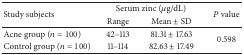
| <ROWSPAN=2> Study subjects | <COLSPAN=2> Serum zinc (μg/dL) | <ROWSPAN=2> P value |
 | Range | Mean ± SD |
 | --- | --- | --- | --- |
 | Acne group (n = 100) | 42–113 | 81.31 ± 17.63 | <ROWSPAN=2> 0.598 |
 | Control group (n = 100) | 11–114 | 82.63 ± 17.49 |